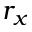
r _ { x }